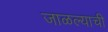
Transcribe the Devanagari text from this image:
जाळल्याची